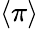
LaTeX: \langle\pi\rangle